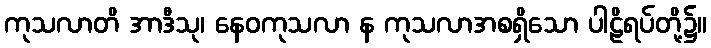
ကုသလာတိ အာဒီသု၊ နေဝကုသလာ န ကုသလာအစရှိသော ပါဠိရပ်တို့၌။